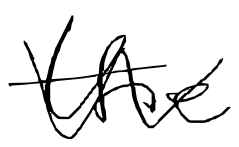
Text: the
Cross-out: zig-zag
Writing tool: digital_black